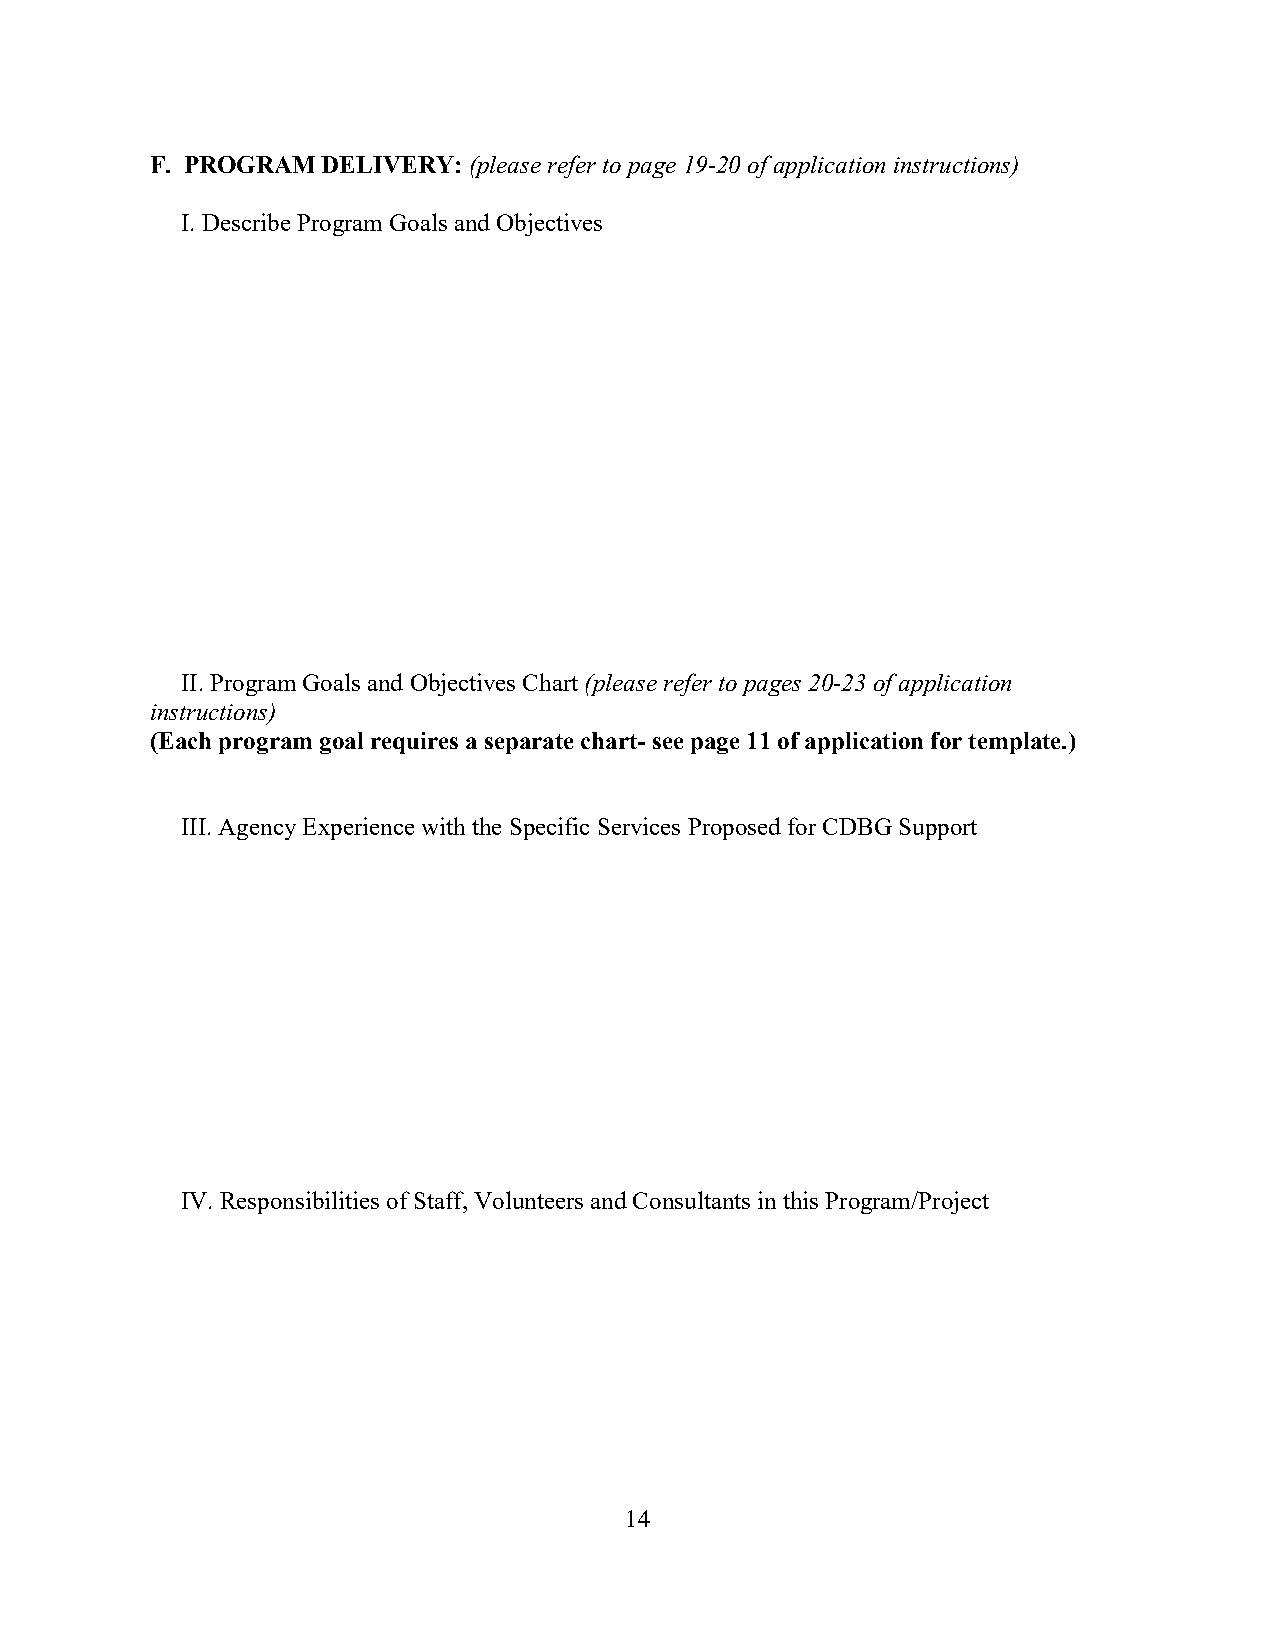
F. PROGRAM DELIVERY: (please refer to page 19-20 of application instructions)
 I. Describe Program Goals and Objectives
 II. Program Goals and Objectives Chart (please refer to pages 20-23 of application
 instructions)
 (Each program goal requires a separate chart- see page 11 of application for template.)
 III. Agency Experience with the Specific Services Proposed for CDBG Support
 IV. Responsibilities of Staff, Volunteers and Consultants in this Program/Project
 14